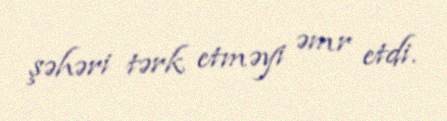
şəhəri tərk etməyi əmr etdi.